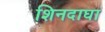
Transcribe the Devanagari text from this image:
शिनदाघा